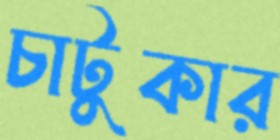
চাটুকার